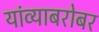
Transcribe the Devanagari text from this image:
यांव्याबरोबर